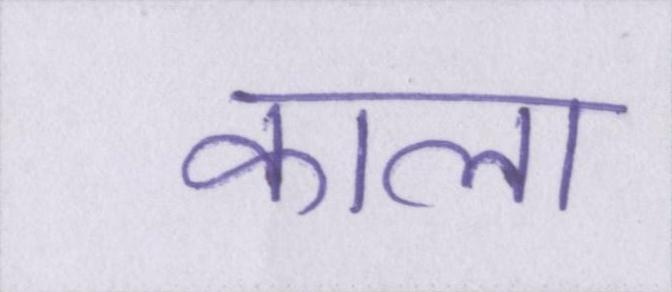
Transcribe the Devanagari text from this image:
काला